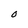
Character: O